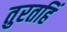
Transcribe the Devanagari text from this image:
तुरतहिं